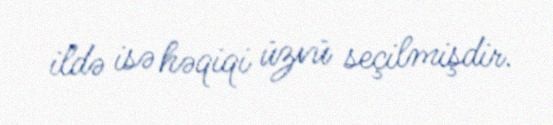
ildə isə həqiqi üzvü seçilmişdir.